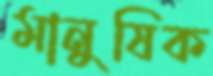
মানুষিক